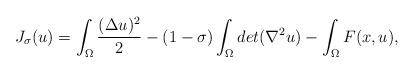
LaTeX: \begin{align*}J_\sigma(u)=\int_\Omega\dfrac{(\Delta u)^2}{2} - (1-\sigma)\int_\Omega det(\nabla^2u)-\int_\Omega F(x,u),\end{align*}